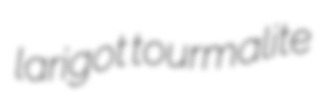
larigot tourmalite